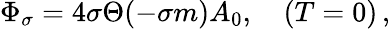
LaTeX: \Phi_{\sigma}=4\sigma\Theta(-\sigma m)A_{0},\quad(T=0)\, ,